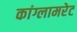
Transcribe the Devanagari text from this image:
कांग्लामरेट